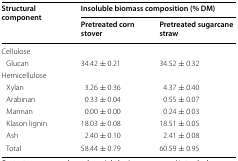
<table><thead><tr><td rowspan="2"><b>Structural component</b></td><td colspan="2"><b>Insoluble biomass composition (% DM)</b></td></tr><tr><td><b>Pretreated corn stover</b></td><td><b>Pretreated sugarcane straw</b></td></tr></thead><tbody><tr><td colspan="3">Cellulose</td></tr><tr><td> Glucan</td><td>34.42 ± 0.21</td><td>34.52 ± 0.32</td></tr><tr><td colspan="3">Hemicellulose</td></tr><tr><td> Xylan</td><td>3.26 ± 0.36</td><td>4.37 ± 0.40</td></tr><tr><td> Arabinan</td><td>0.33 ± 0.04</td><td>0.55 ± 0.07</td></tr><tr><td> Mannan</td><td>0.00 ± 0.00</td><td>0.24 ± 0.03</td></tr><tr><td> Klason lignin</td><td>18.03 ± 0.08</td><td>18.51 ± 0.05</td></tr><tr><td> Ash</td><td>2.40 ± 0.10</td><td>2.41 ± 0.08</td></tr><tr><td> Total</td><td>58.44 ± 0.79</td><td>60.59 ± 0.95</td></tr></tbody></table>